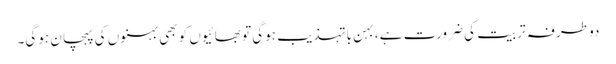
دو طرفہ تربیت کی ضرورت ہے، بہن باتہذیب ہوگی تو بھائیوں کو بھی بہنوں کی پہچان ہوگی۔